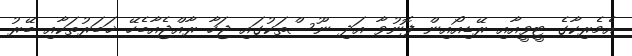
އެމެރިކާގެ ޓީވީއާއި ރޭޑިއޯއިން ފޮނުވާ އަދި ނޫސްތަކުގައި ޖަހާ ރާއްޖެއާބެހޭ ޚަބަރުތަކާއި ބޭރު